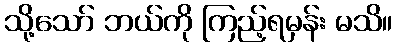
သို့သော် ဘယ်ကို ကြည့်ရမှန်း မသိ။